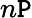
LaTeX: n\mathtt{P}